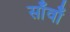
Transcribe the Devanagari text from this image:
साँवाँ